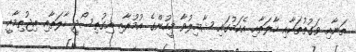
ތަނާއި ވަގުތުތަކާއި ހާލަތާއި އެކަމުގައި ޝާމިލުވާ މީހުންގެ އުމުރާއި އިގުތިސޯދީ ހާލަތާއި އިޖުތިމާއީ